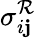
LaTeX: {\sigma_{i\mathbf{j}}^{\mathcal{{R}}}}